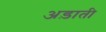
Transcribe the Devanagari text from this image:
अड़ाती